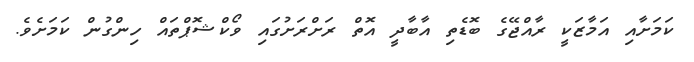
ކަމަށާއި އަމާޒަކީ ރާއްޖޭގެ ބޮޑެތި އާބާދީ އޮތް ރަށްރަށުގައި ވޯކްޝޮޕްތައް ހިންގުން ކަމަށެވެ.